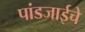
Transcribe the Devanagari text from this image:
पांडजाईचे